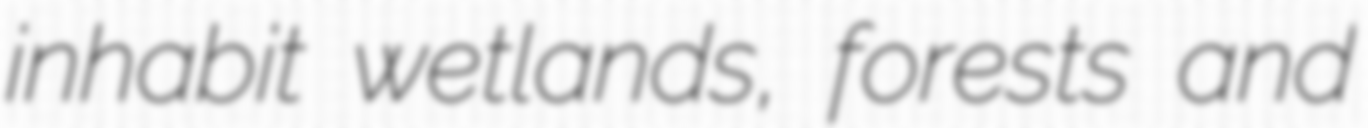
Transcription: inhabit wetlands, forests and